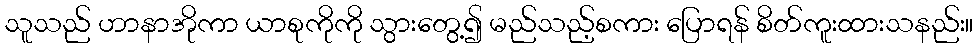
သူသည် ဟာနာအိုကာ ယာစုကိုကို သွားတွေ့၍ မည်သည့်စကား ပြောရန် စိတ်ကူးထားသနည်း။